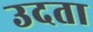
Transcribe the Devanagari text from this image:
उदता